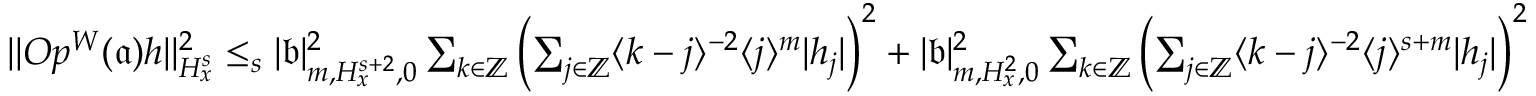
\begin{array} { r } { \rVert O p ^ { W } ( \mathfrak { a } ) h \rVert _ { H _ { x } ^ { s } } ^ { 2 } \le _ { s } | \mathfrak { b } | _ { m , H _ { x } ^ { s + 2 } , 0 } ^ { 2 } \sum _ { k \in \mathbb { Z } } \left( \sum _ { j \in \mathbb { Z } } \langle k - j \rangle ^ { - 2 } \langle j \rangle ^ { m } | h _ { j } | \right) ^ { 2 } + | \mathfrak { b } | _ { m , H _ { x } ^ { 2 } , 0 } ^ { 2 } \sum _ { k \in \mathbb { Z } } \left( \sum _ { j \in \mathbb { Z } } \langle k - j \rangle ^ { - 2 } \langle j \rangle ^ { s + m } | h _ { j } | \right) ^ { 2 } } \end{array}